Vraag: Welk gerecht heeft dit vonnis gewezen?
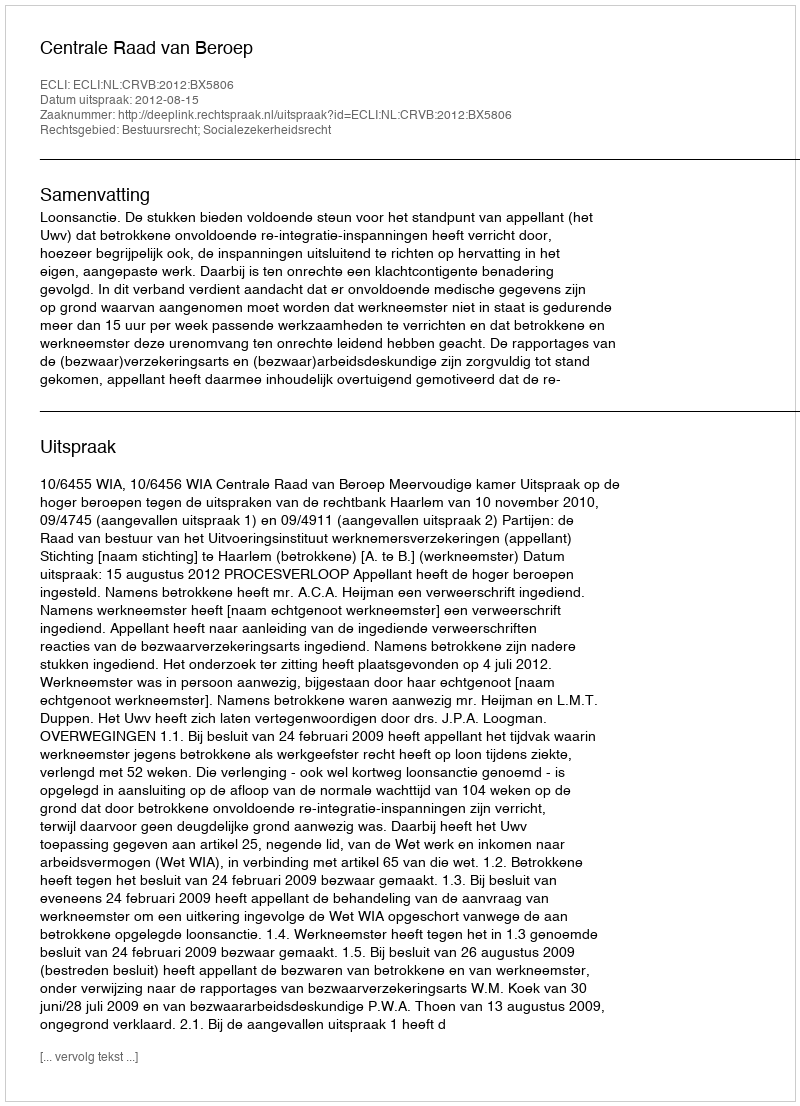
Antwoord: Centrale Raad van Beroep